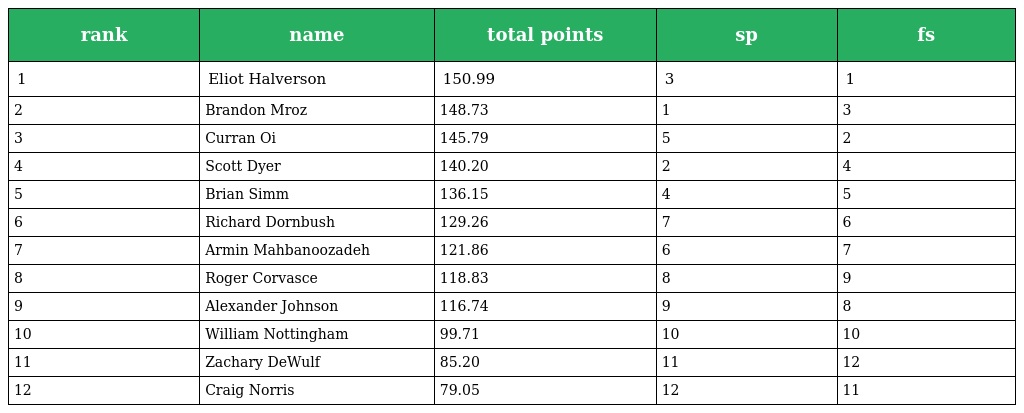
| rank | name | total points | sp | fs |
 | --- | --- | --- | --- | --- |
 | 1 | Eliot Halverson | 150.99 | 3 | 1 |
 | 2 | Brandon Mroz | 148.73 | 1 | 3 |
 | 3 | Curran Oi | 145.79 | 5 | 2 |
 | 4 | Scott Dyer | 140.20 | 2 | 4 |
 | 5 | Brian Simm | 136.15 | 4 | 5 |
 | 6 | Richard Dornbush | 129.26 | 7 | 6 |
 | 7 | Armin Mahbanoozadeh | 121.86 | 6 | 7 |
 | 8 | Roger Corvasce | 118.83 | 8 | 9 |
 | 9 | Alexander Johnson | 116.74 | 9 | 8 |
 | 10 | William Nottingham | 99.71 | 10 | 10 |
 | 11 | Zachary DeWulf | 85.20 | 11 | 12 |
 | 12 | Craig Norris | 79.05 | 12 | 11 |